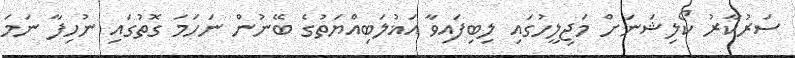
ސަރުކާރު ކޯލިޝަނަށް މަޖިލީހުގައި ލިބިފައިވާ އަޣުލަބިއްޔަތުގެ ބޭނުން ނަހަމަ ގޮތުގައި ނުހިފާ ނަމަ